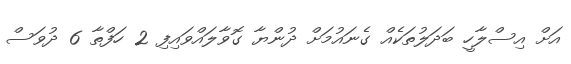
އަށް އިސްލާހީ ބަދަލުތަކެއް ގެނައުމަށް ދުންޔާ ގޮވާލައްވައިފި 2 ހަފްތާ 6 ދުވަސް